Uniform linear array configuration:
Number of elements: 32
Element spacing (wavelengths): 0.5
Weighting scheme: hann
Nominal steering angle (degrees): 60
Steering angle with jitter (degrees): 60.736
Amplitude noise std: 0.05
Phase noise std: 0.05

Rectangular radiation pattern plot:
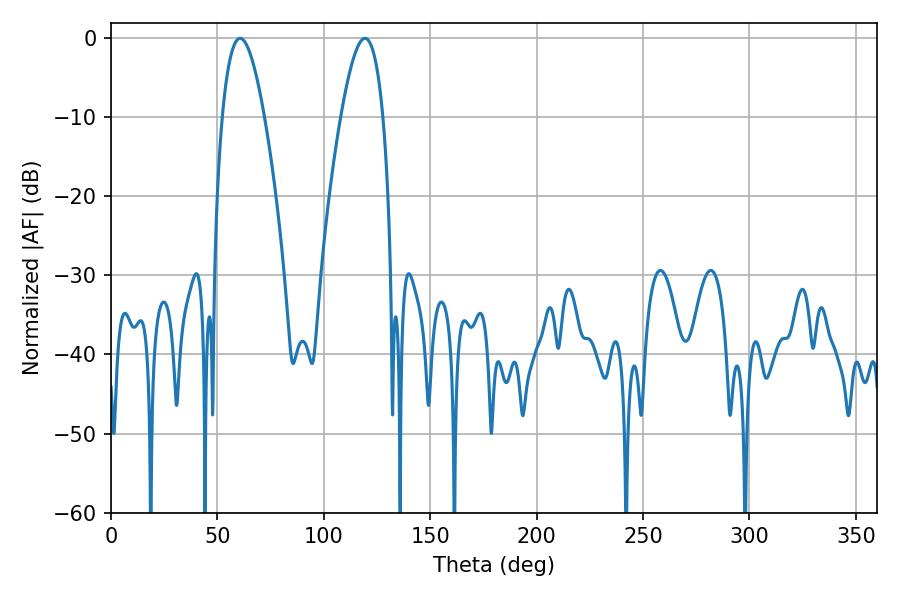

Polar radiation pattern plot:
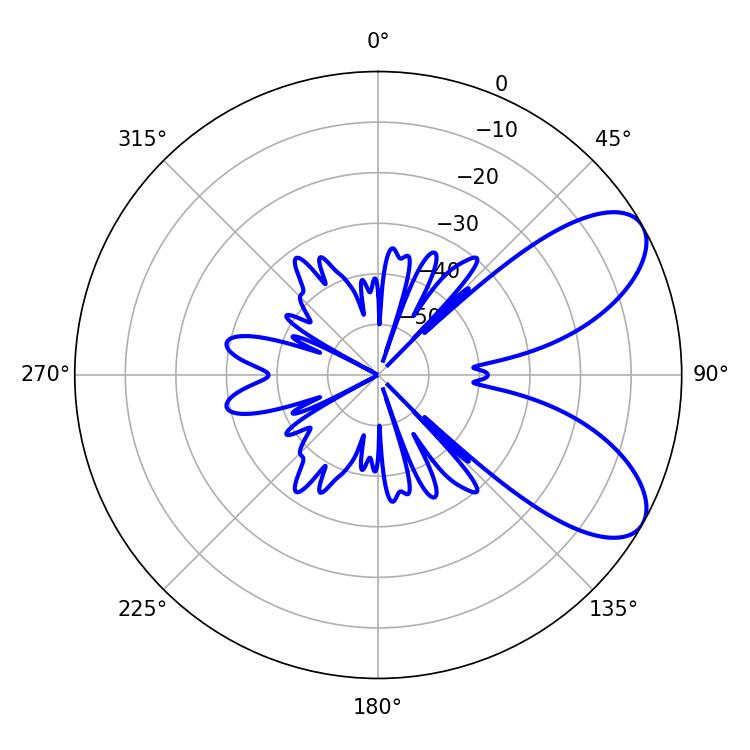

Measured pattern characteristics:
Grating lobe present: FALSE
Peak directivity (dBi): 7.497
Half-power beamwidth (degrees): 10.8
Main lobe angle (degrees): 60.66